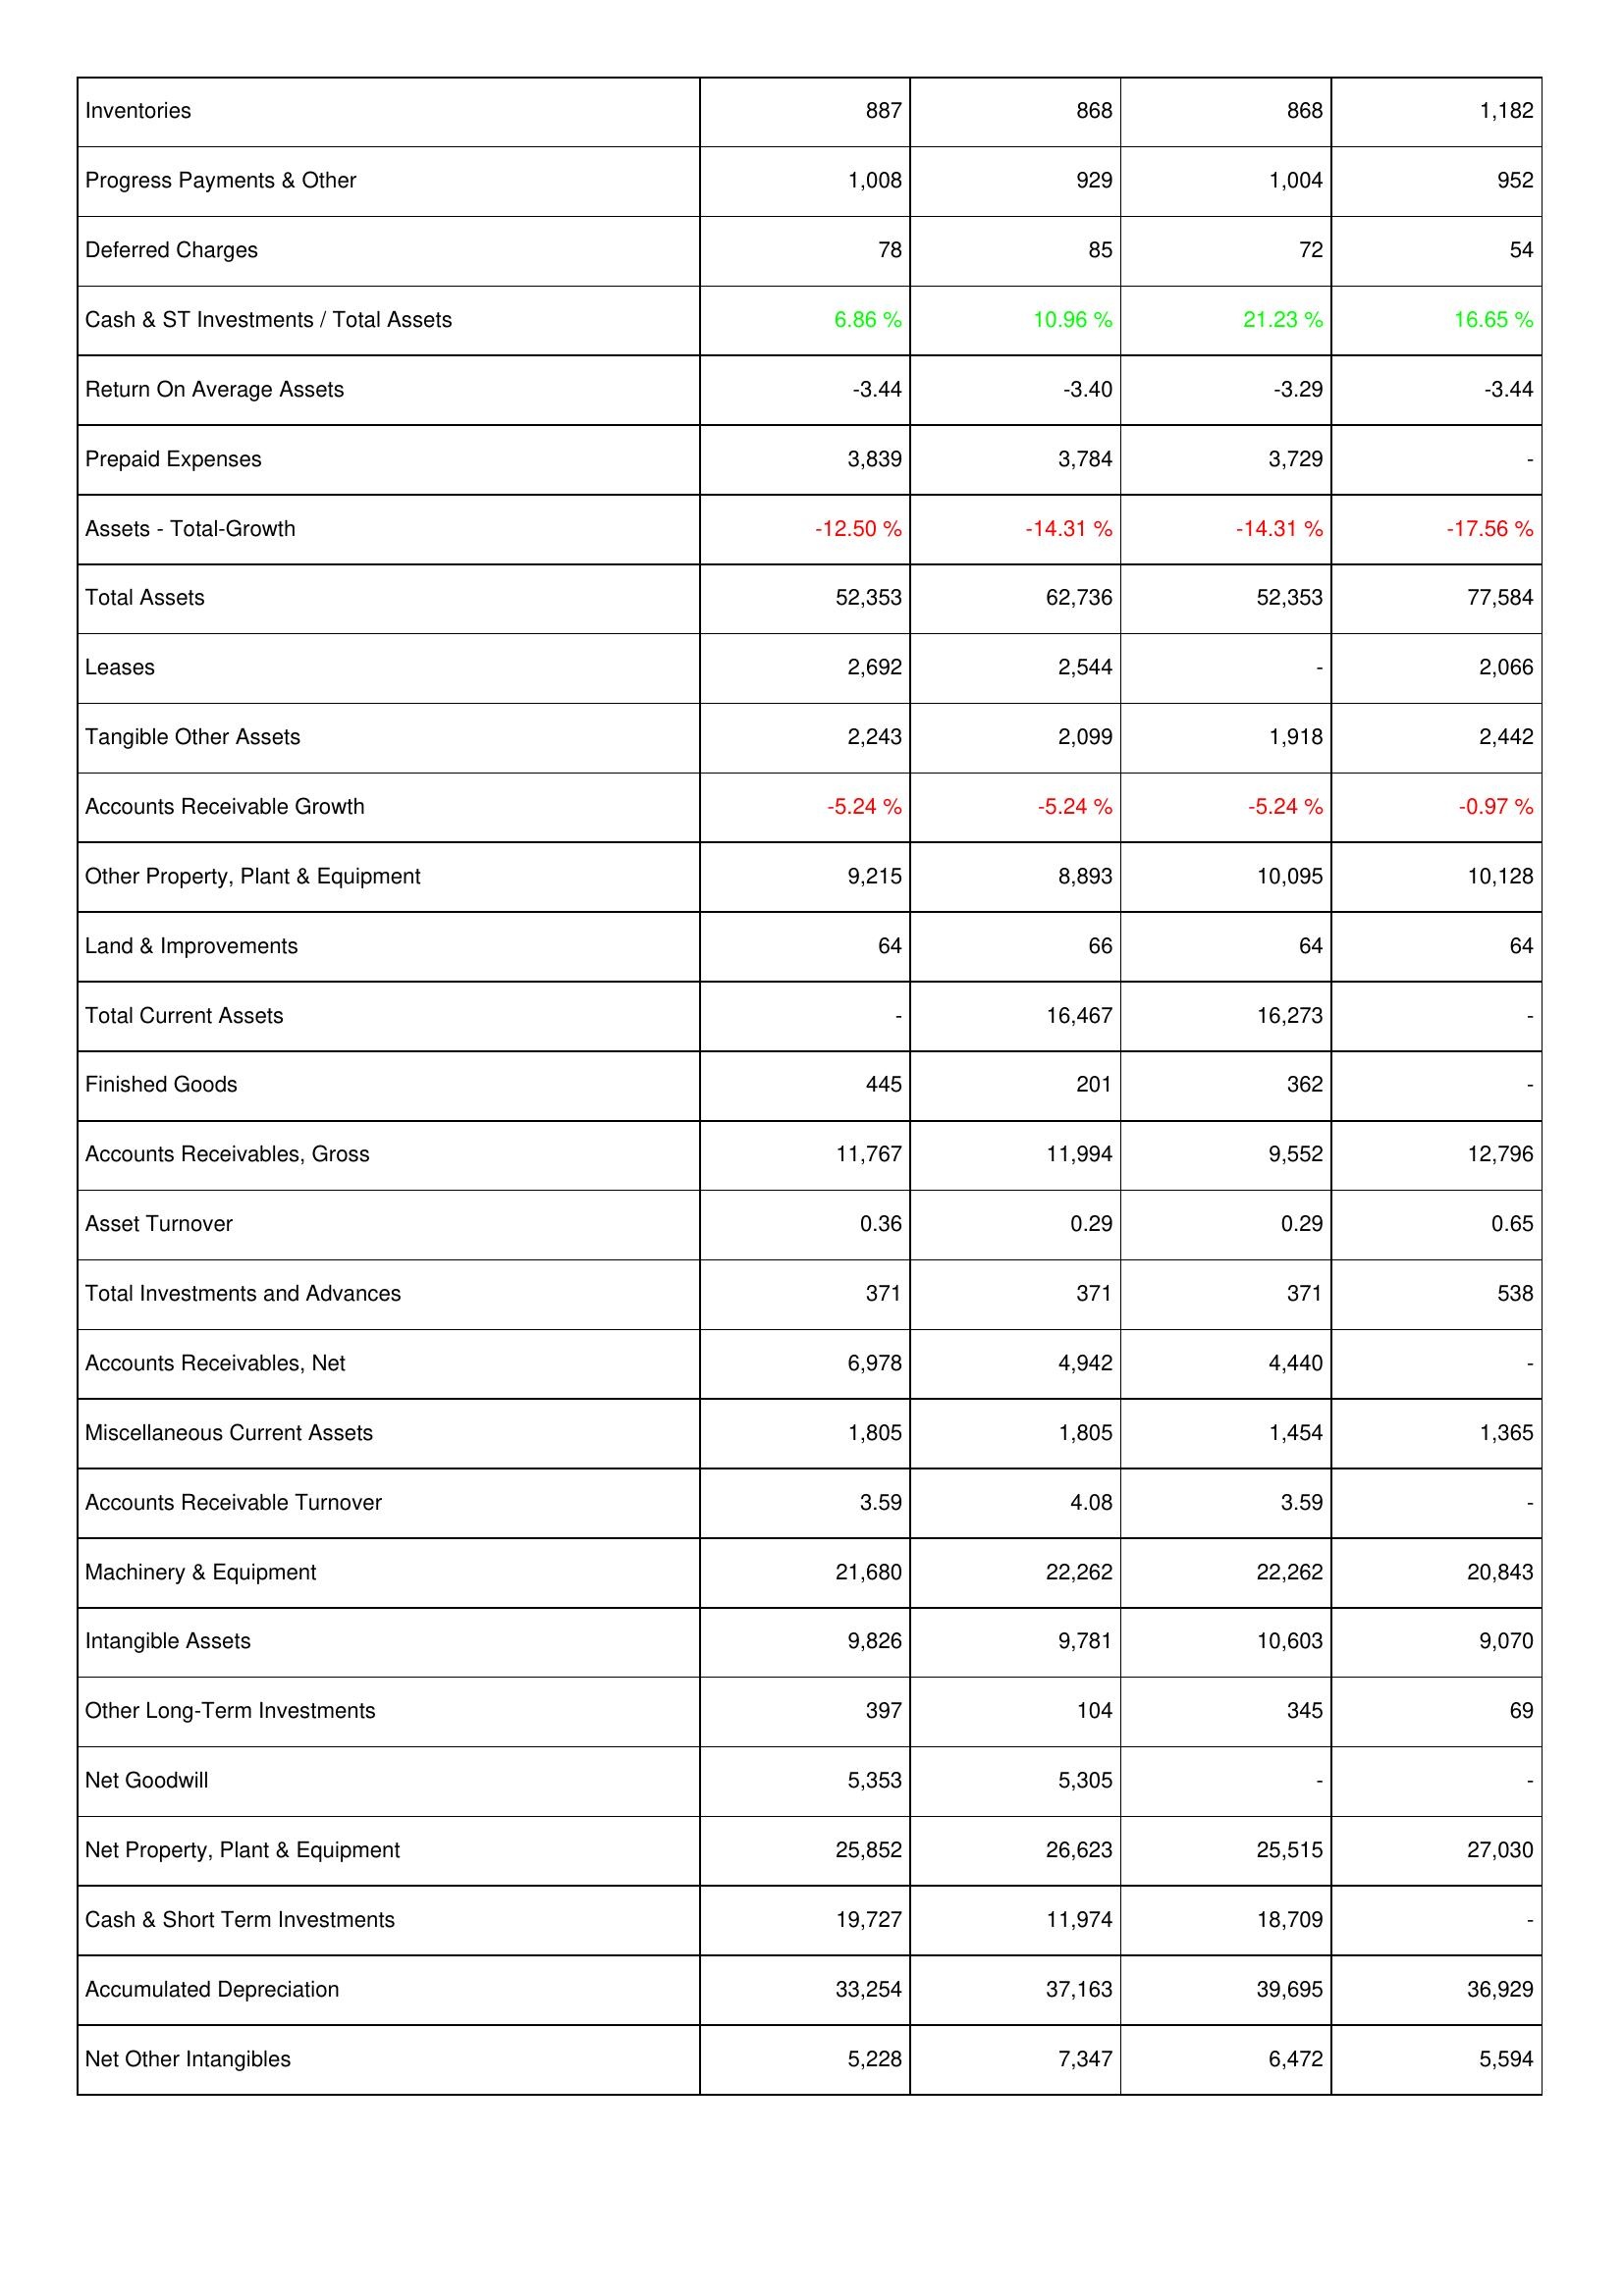
2010: Assets: Inventories: 887
Progress Payments & Other: 1,008
Deferred Charges: 78
Cash & ST Investments / Total Assets: 6.86 %
Return On Average Assets: -3.44
Prepaid Expenses: 3,839
Assets - Total-Growth: -12.50 %
Total Assets: 52,353
Leases: 2,692
Tangible Other Assets: 2,243
Accounts Receivable Growth: -5.24 %
Other Property, Plant & Equipment: 9,215
Land & Improvements: 64
Total Current Assets: -
Finished Goods: 445
Accounts Receivables, Gross: 11,767
Asset Turnover: 0.36
Total Investments and Advances: 371
Accounts Receivables, Net: 6,978
Miscellaneous Current Assets: 1,805
Accounts Receivable Turnover: 3.59
Machinery & Equipment: 21,680
Intangible Assets: 9,826
Other Long-Term Investments: 397
Net Goodwill: 5,353
Net Property, Plant & Equipment: 25,852
Cash & Short Term Investments: 19,727
Accumulated Depreciation: 33,254
Net Other Intangibles: 5,228
2009: Assets: Inventories: 868
Progress Payments & Other: 929
Deferred Charges: 85
Cash & ST Investments / Total Assets: 10.96 %
Return On Average Assets: -3.40
Prepaid Expenses: 3,784
Assets - Total-Growth: -14.31 %
Total Assets: 62,736
Leases: 2,544
Tangible Other Assets: 2,099
Accounts Receivable Growth: -5.24 %
Other Property, Plant & Equipment: 8,893
Land & Improvements: 66
Total Current Assets: 16,467
Finished Goods: 201
Accounts Receivables, Gross: 11,994
Asset Turnover: 0.29
Total Investments and Advances: 371
Accounts Receivables, Net: 4,942
Miscellaneous Current Assets: 1,805
Accounts Receivable Turnover: 4.08
Machinery & Equipment: 22,262
Intangible Assets: 9,781
Other Long-Term Investments: 104
Net Goodwill: 5,305
Net Property, Plant & Equipment: 26,623
Cash & Short Term Investments: 11,974
Accumulated Depreciation: 37,163
Net Other Intangibles: 7,347
2008: Assets: Inventories: 868
Progress Payments & Other: 1,004
Deferred Charges: 72
Cash & ST Investments / Total Assets: 21.23 %
Return On Average Assets: -3.29
Prepaid Expenses: 3,729
Assets - Total-Growth: -14.31 %
Total Assets: 52,353
Leases: -
Tangible Other Assets: 1,918
Accounts Receivable Growth: -5.24 %
Other Property, Plant & Equipment: 10,095
Land & Improvements: 64
Total Current Assets: 16,273
Finished Goods: 362
Accounts Receivables, Gross: 9,552
Asset Turnover: 0.29
Total Investments and Advances: 371
Accounts Receivables, Net: 4,440
Miscellaneous Current Assets: 1,454
Accounts Receivable Turnover: 3.59
Machinery & Equipment: 22,262
Intangible Assets: 10,603
Other Long-Term Investments: 345
Net Goodwill: -
Net Property, Plant & Equipment: 25,515
Cash & Short Term Investments: 18,709
Accumulated Depreciation: 39,695
Net Other Intangibles: 6,472
2007: Assets: Inventories: 1,182
Progress Payments & Other: 952
Deferred Charges: 54
Cash & ST Investments / Total Assets: 16.65 %
Return On Average Assets: -3.44
Prepaid Expenses: -
Assets - Total-Growth: -17.56 %
Total Assets: 77,584
Leases: 2,066
Tangible Other Assets: 2,442
Accounts Receivable Growth: -0.97 %
Other Property, Plant & Equipment: 10,128
Land & Improvements: 64
Total Current Assets: -
Finished Goods: -
Accounts Receivables, Gross: 12,796
Asset Turnover: 0.65
Total Investments and Advances: 538
Accounts Receivables, Net: -
Miscellaneous Current Assets: 1,365
Accounts Receivable Turnover: -
Machinery & Equipment: 20,843
Intangible Assets: 9,070
Other Long-Term Investments: 69
Net Goodwill: -
Net Property, Plant & Equipment: 27,030
Cash & Short Term Investments: -
Accumulated Depreciation: 36,929
Net Other Intangibles: 5,594